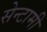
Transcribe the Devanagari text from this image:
सेन्टामी